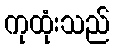
ကုထုံးသည်